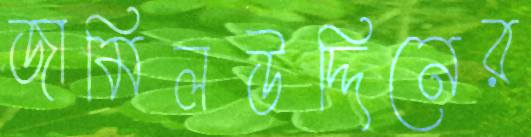
জামিলউদ্দিনের